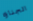
الجنازه